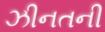
ઝીનતની